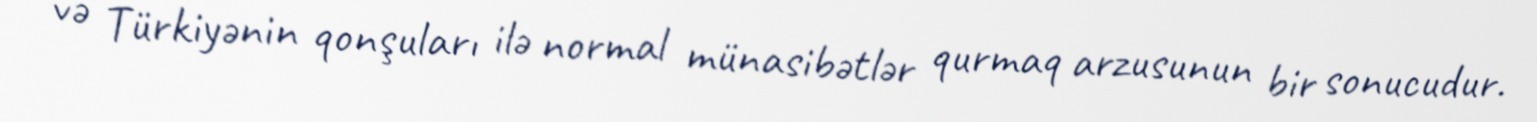
və Türkiyənin qonşuları ilə normal münasibətlər qurmaq arzusunun bir sonucudur.